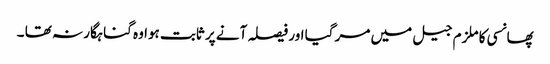
پھانسی کا ملزم جیل میں مر گیا اور فیصلہ آنے پر ثابت ہوا وہ گناہگار نہ تھا ۔